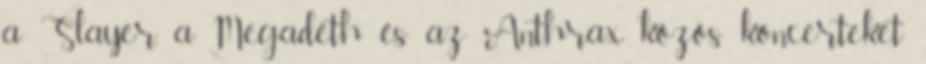
a Slayer, a Megadeth és az Anthrax közös koncerteket